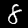
Label: 8